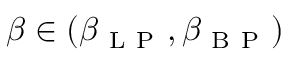
\beta \in ( \beta _ { \mathrm { ~ L ~ P ~ } } , \beta _ { \mathrm { ~ B ~ P ~ } } )